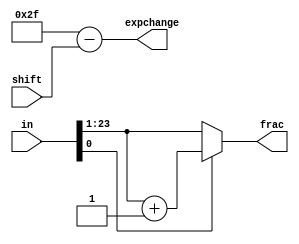
`timescale 1ns / 1ps

module normalmult(
input [24:0] in,
input [5:0] shift,
output reg [22:0] frac,
output reg [5:0] expchange
    );

always @ (*)
    begin
        frac = (in[0]) ? (in[23:1] + 1) : in[23:1];
        expchange = 47 - shift;
    end
endmodule